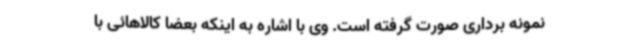
نمونه برداری صورت گرفته است. وی با اشاره به اینکه بعضا کالاهائی با